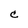
Character: c